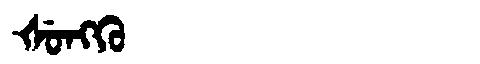
Manchu: ᡧᡠᠩᡴᡠ
Romanization: ŠUNGKU